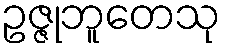
ဥဇ္ဇုဘူတေသု